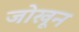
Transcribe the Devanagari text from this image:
जोखून